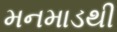
મનમાડથી